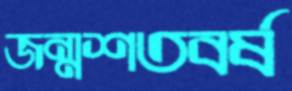
জন্মশতবর্ষ